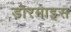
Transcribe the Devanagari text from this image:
डोरमाइस